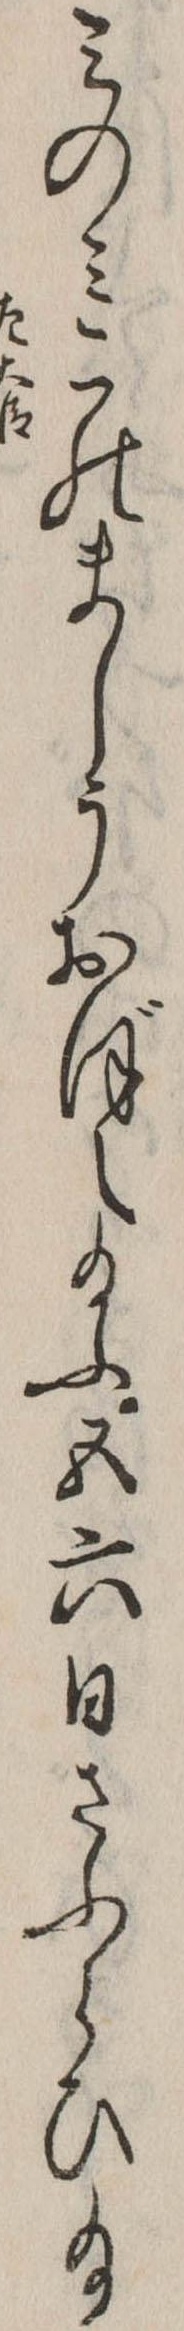
みのみこのましうおぼえ給ふ五六日さふらひ給